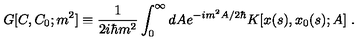
G [ C , C _ { 0 } ; m ^ { 2 } ] \equiv { \frac { 1 } { 2 i \hbar m ^ { 2 } } } \int _ { 0 } ^ { \infty } d A e ^ { - i m ^ { 2 } A / 2 \hbar } K [ x ( s ) , x _ { 0 } ( s ) ; A ] \ .